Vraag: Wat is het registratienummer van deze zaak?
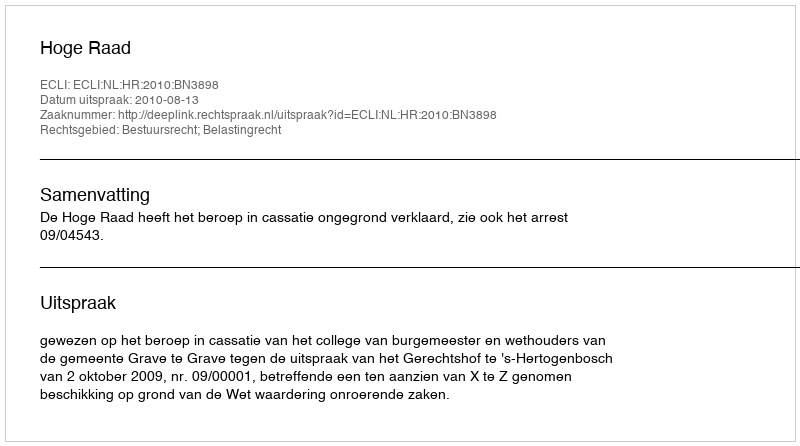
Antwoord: http://deeplink.rechtspraak.nl/uitspraak?id=ECLI:NL:HR:2010:BN3898